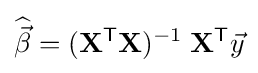
{\widehat {\vec {\beta }}}=(\mathbf {X} ^{\mathsf {T}}\mathbf {X} )^{-1}\;\mathbf {X} ^{\mathsf {T}}{\vec {y}}